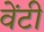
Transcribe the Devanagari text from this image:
वेंटी